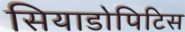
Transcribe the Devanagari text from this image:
सियाडोपिटिस